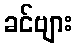
ခင်ဗျား